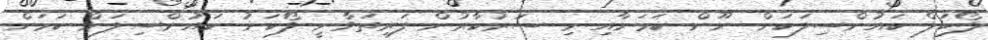
ލޯކަލް ކައުންސިލަކަށް ނޫން ކަމަށާއި މި ސަރުކާރުން ފަރިތަވާނީ ލޯކަނު ކައުންސިލަށް ކަމަށް